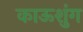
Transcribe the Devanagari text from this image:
काऊशुंग